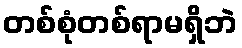
တစ်စုံတစ်ရာမရှိဘဲ